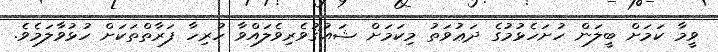
ވީމާ ކަމަށް ބީލަން ހުށަހެޅުމުގެ ދަޢުވަތު މިކަމަށް ޝައުޤުވެރިވެލައްވާ ހުރިހާ ފަރާތްތަކަށް ހުޅުވާލަމެވެ.